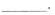
___.